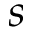
s